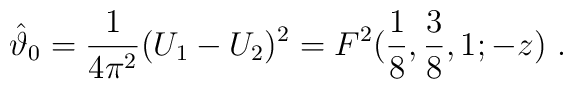
\hat\vartheta_0 = {1\over 4\pi^2} (U_1 - U_2)^2 =  F^2({1\over 8},{3\over 8},1;-z)~.